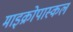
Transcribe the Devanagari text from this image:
माइक्रोपास्कल